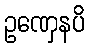
ဥဏှေနပိ